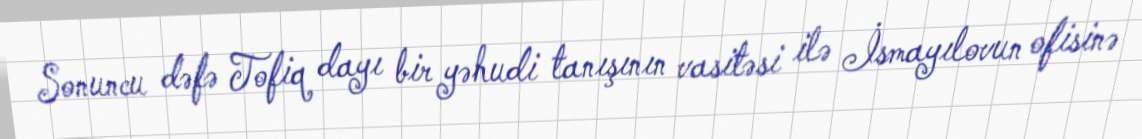
Sonuncu dəfə Tofiq dayı bir yəhudi tanışının vasitəsi ilə İsmayılovun ofisinə